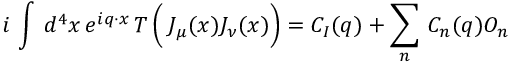
i \, \int \, d ^ { 4 } x \, e ^ { i q \cdot x } \, T \left( \frac { } { } J _ { \mu } ( x ) J _ { \nu } ( x ) \right) = C _ { I } ( q ) + \sum _ { n } \, C _ { n } ( q ) { \cal O } _ { n }